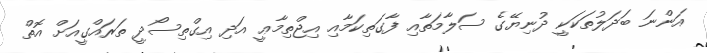
އަންނަ ބަދަލުތަކަކީ ދުނިޔޭގެ ސަލާމަތާއި ފާގަތިކަމާއި އިޖްތިމާޢީ އަދި އިގްތިސޯދީ ތަރައްގީއަށް އޮތް